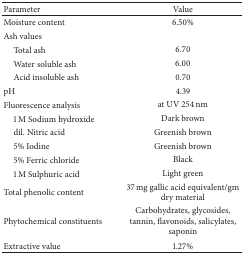
<table><thead><tr><td><b>Parameter</b></td><td><b>Value</b></td></tr></thead><tbody><tr><td>Moisture content</td><td>6.50%</td></tr><tr><td>Ash values</td><td> </td></tr><tr><td> Total ash</td><td>6.70</td></tr><tr><td> Water soluble ash</td><td>6.00</td></tr><tr><td> Acid insoluble ash</td><td>0.70</td></tr><tr><td>pH</td><td>4.39</td></tr><tr><td>Fluorescence analysis </td><td>at UV 254 nm</td></tr><tr><td> 1 M Sodium hydroxide</td><td>Dark brown</td></tr><tr><td> dil. Nitric acid</td><td>Greenish brown</td></tr><tr><td> 5% Iodine</td><td>Greenish brown</td></tr><tr><td> 5% Ferric chloride</td><td>Black</td></tr><tr><td> 1 M Sulphuric acid</td><td>Light green</td></tr><tr><td>Total phenolic content</td><td>37 mg gallic acid equivalent/gm dry material</td></tr><tr><td>Phytochemical constituents</td><td>Carbohydrates, glycosides, tannin, flavonoids, salicylates, saponin </td></tr><tr><td>Extractive value</td><td>1.27%</td></tr></tbody></table>